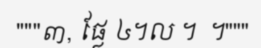
"""៣, ផ្លែ ៤។ល ។  ។"""